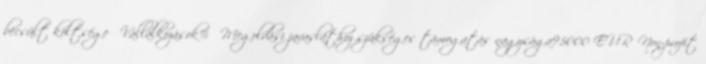
becsült költsége ▪Vállalkozások% ▪Megoldási javaslathoz szükséges támogatás nagysága95000 EUR▪Non-profit